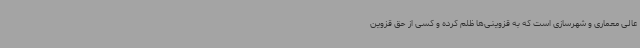
عالی معماری و شهرسازی است که به قزوینی‌ها ظلم کرده و کسی از حق قزوین